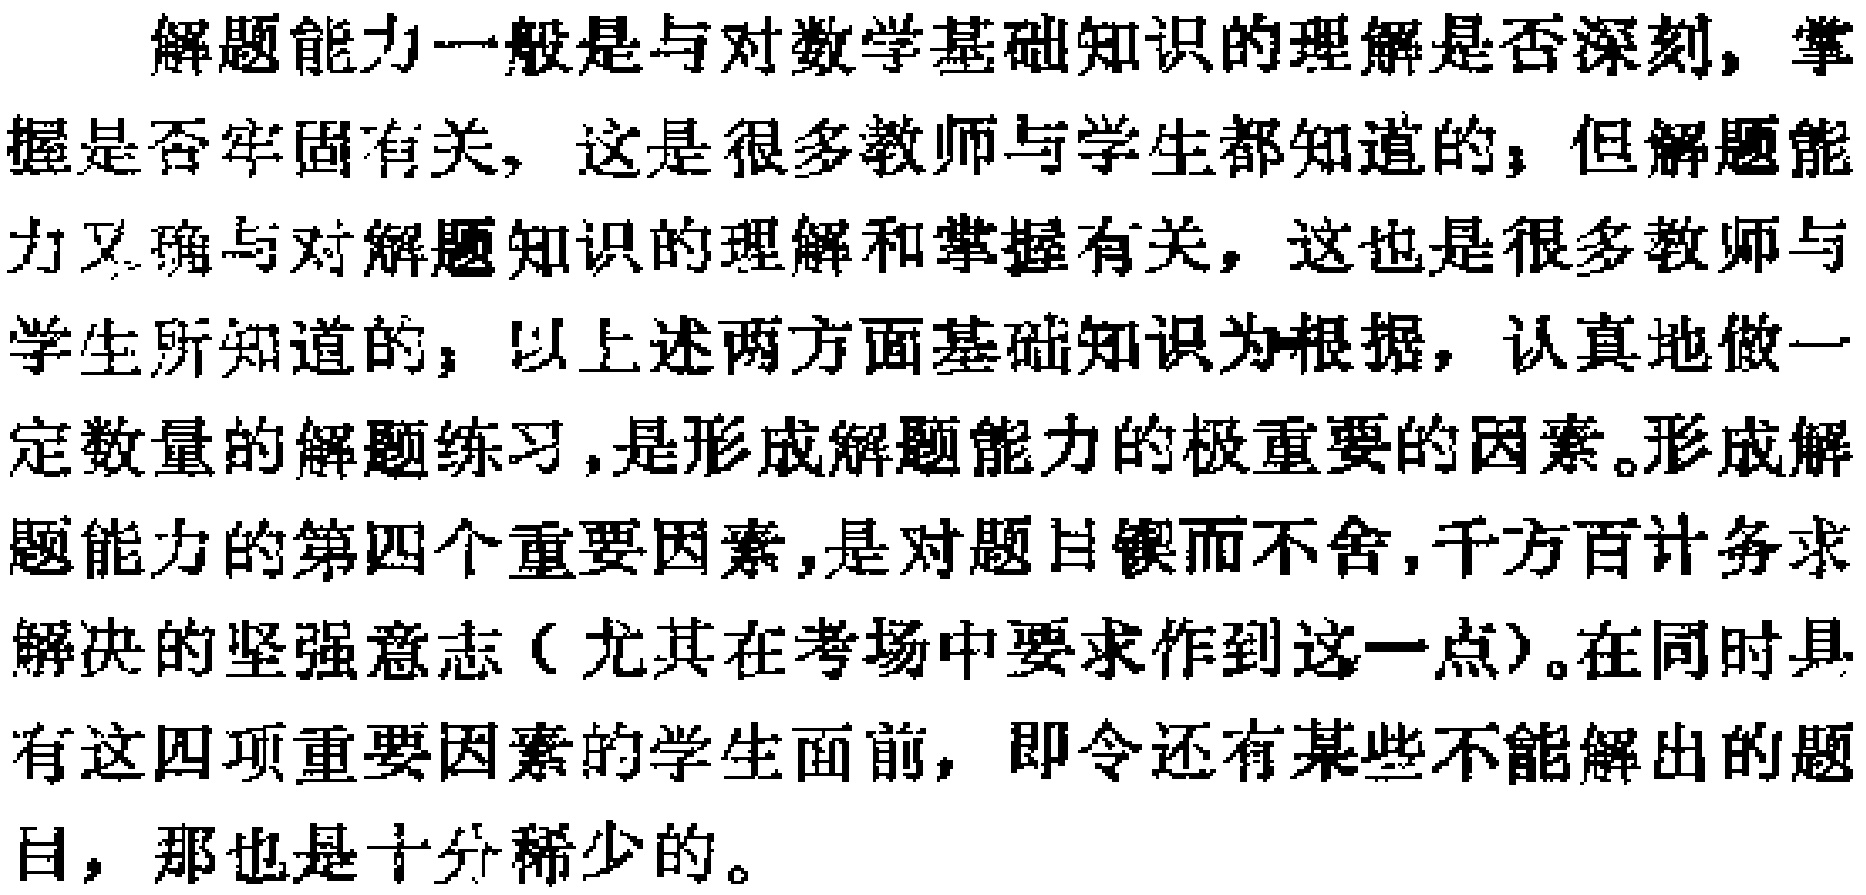
解题能力一般是与对数学基础知识的理解是否深刻，掌握是否牢固有关，这是很多教师与学生都知道的，但解题能力又确与对解题知识的理解和掌握有关，这也是很多教师与学生所知道的，以上述两方面基础知识为根据，认真地做一定数量的解题练习，是形成解题能力的极重要的因素。形成解题能力的第四个重要因素，是对题目锲而不舍，千方百计务求解决的坚强意志（尤其在考场中要求作到这一点）。在同时具有这四项重要因素的学生面前，即令还有某些不能解出的题目，那也是十分稀少的。